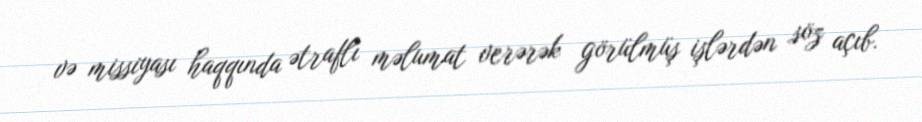
və missiyası haqqında ətraflı məlumat verərək görülmüş işlərdən söz açıb.